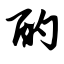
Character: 酌